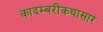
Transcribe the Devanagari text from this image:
कादम्बरीकथासार